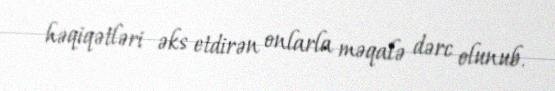
həqiqətləri əks etdirən onlarla məqalə dərc olunub.